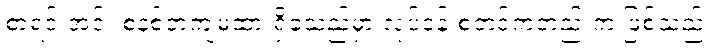
စာရင်းအင်း စနစ်တကျမထားရှိခဲ့သည်မှာ လုပ်ငန်းစတင်ကတည်းက ဖြစ်သည်။